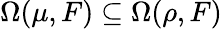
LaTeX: \Omega(\mu,F)\subseteq\Omega(\rho,F)